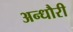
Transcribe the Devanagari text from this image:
अन्धौरी